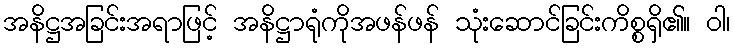
အနိဋ္ဌအခြင်းအရာဖြင့် အနိဋ္ဌာရုံကိုအဖန်ဖန် သုံးဆောင်ခြင်းကိစ္စရှိ၏။ ဝါ၊